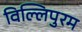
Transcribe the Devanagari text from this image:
विल्लिपुरम